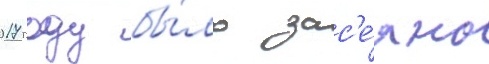
2017 году бы́ло зас'е́яно